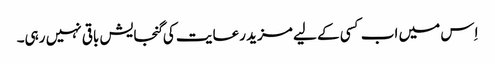
اِس میں اب کسی کے لیے مزید رعایت کی گنجایش باقی نہیں رہی۔